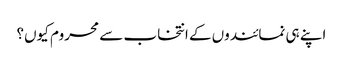
اپنے ہی نمائندوں کے انتخاب سے محروم کیوں؟